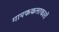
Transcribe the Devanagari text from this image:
गायककलाकारों